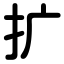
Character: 扩